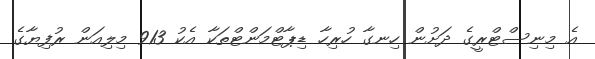
އެ މިނިސްޓްރީގެ ދަށުން ހިނގާ ހުރިހާ ޑިޕާޓްމަންޓްތަކާ އެކު 913 މިލިއަން ރުފިޔާގެ